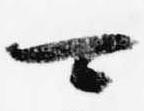
可